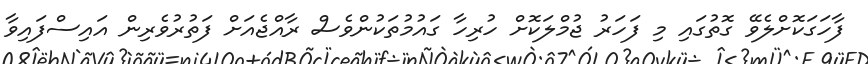
ފާހަގަކޮށްލެވޭ ގޮތުގައި މި ފަހަރު ޖުމްލަކޮށް ހުރިހާ ގައުމުތަކުންވެސް ރާއްޖެއަށް ފަތުރުވެރިން އައިސްފައިވާ